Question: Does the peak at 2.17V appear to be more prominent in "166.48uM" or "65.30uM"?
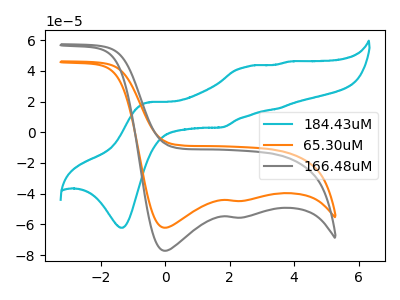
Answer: <think>The cyan curve "184.43uM" has anodic peaks at (-0.50V, 19.60uA) (2.55V, 42.85uA) (3.45V, 15.30uA) (3.80V, 46.00uA) and cathodic peaks at (-1.30V, -62.20uA) (1.75V, 3.15uA). The orange curve "65.30uM" has cathodic peaks at (0.00V, -62.20uA) (2.15V, -44.75uA). The gray curve "166.48uM" has cathodic peaks at (0.00V, -77.20uA) (2.15V, -55.60uA).</think>
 <answer>The peak at 2.17V is higher in "166.48uM" than in "65.30uM".</answer>
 <eval>higher</eval>